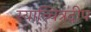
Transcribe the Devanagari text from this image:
स्याच्चित्रदीप